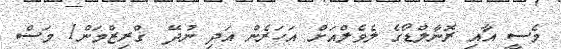
މެސީ އާއި ރޮނާލްޑޯގެ ލެވެލްއަށް އަހަރެން އަދި ނުދޭ  ގްރިޒްމަން1 މަސް